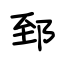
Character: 郅